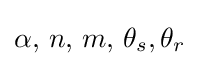
\alpha ,\,n,\,m,\,\theta _{s},\theta _{r}